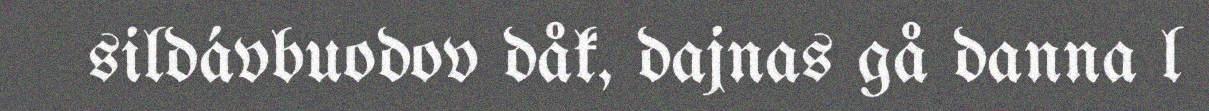
sildávbuodov dåk, dajnas gå danna l